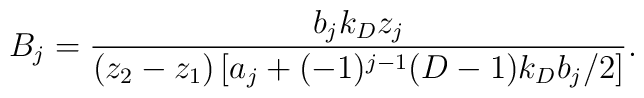
B_{j}=\frac{b_{j}k_Dz_j}{(z_2-z_1)\left[a_{j}+(-1)^{j-1}(D-1)k_{D}b_{j}/2\right]}.